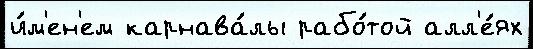
и́м'ен'ем карнава́лы рабо́той алл'е́ях